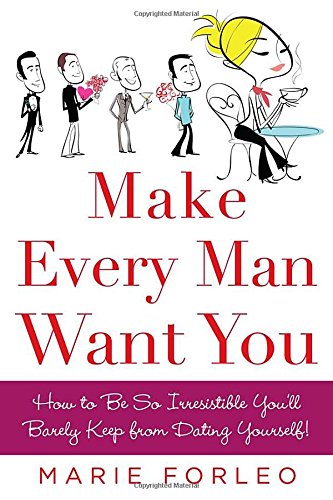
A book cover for Make Every Man Want You: How to Be So Irresistible You'll Barely Keep from Dating Yourself!; Marie Forleo; Self-Help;